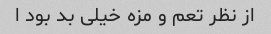
از نظر تعم و مزه خیلی بد بود ا